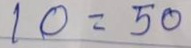
10 = 50